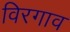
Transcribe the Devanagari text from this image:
विरगाव